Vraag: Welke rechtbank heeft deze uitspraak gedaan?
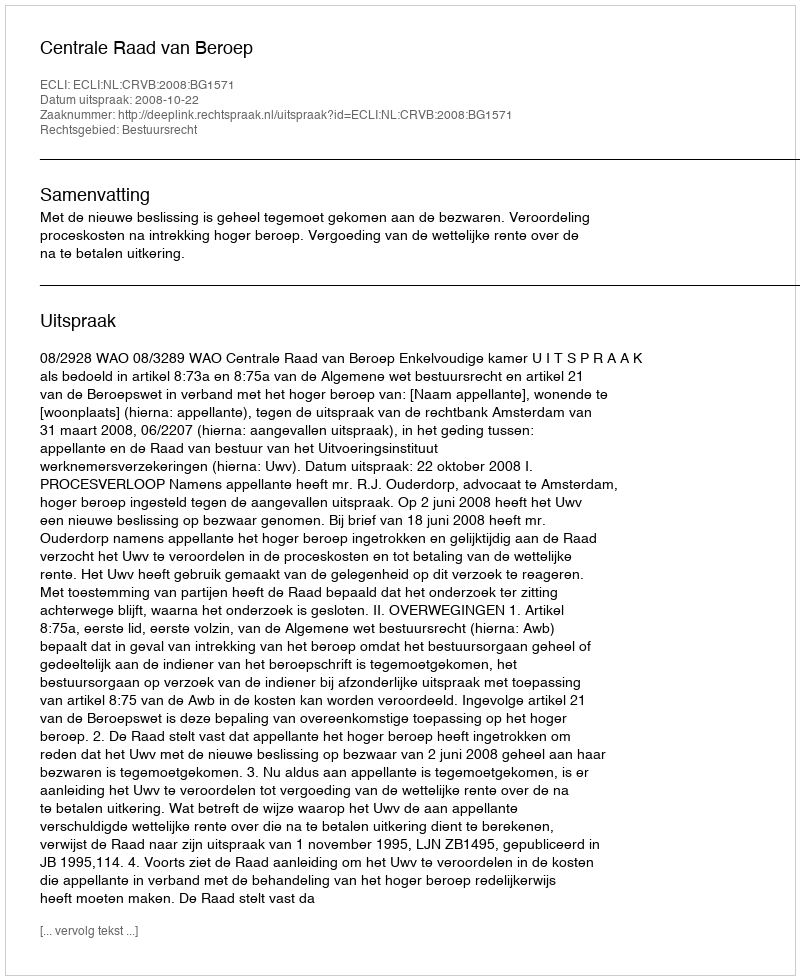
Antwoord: Centrale Raad van Beroep